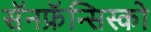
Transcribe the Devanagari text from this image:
सॅनफ्रॅन्सिस्को